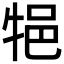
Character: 𤙝